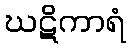
ဃဋိကာရံ